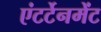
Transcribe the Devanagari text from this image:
एंटर्टेनमेंट